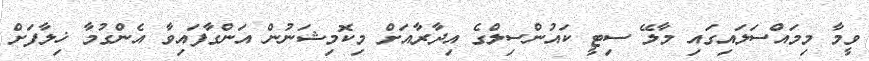
ވީމާ މިމައްސަލައިގައި މާލޭ ސިޓީ ކައުންސިލްގެ އިދާރާއަށް މިކޮމިޝަނުން އަންގާފައިވާ އެންގުމާ ޚިލާފަށް